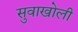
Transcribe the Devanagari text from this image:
सुवाखोली